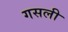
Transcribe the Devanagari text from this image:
गसली